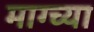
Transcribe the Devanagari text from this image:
माग्च्या